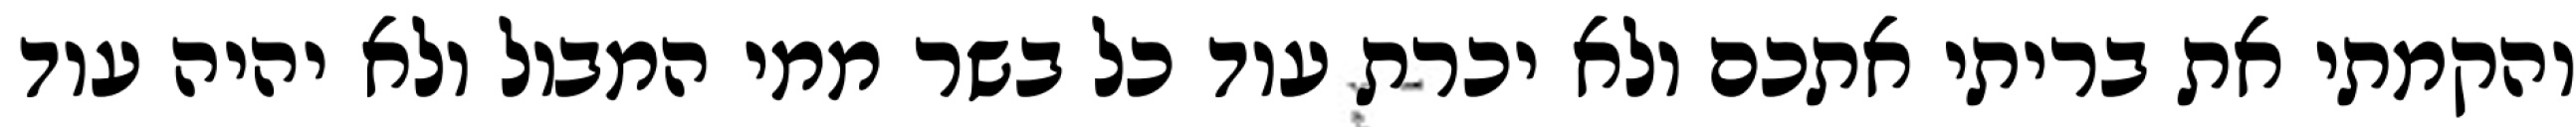
והקמתי את בריתי אתכם ולא יכרת עוד כל בשר ממי המבול ולא יהיה עוד